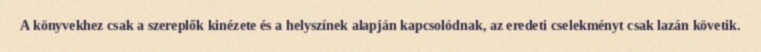
A könyvekhez csak a szereplők kinézete és a helyszínek alapján kapcsolódnak, az eredeti cselekményt csak lazán követik.